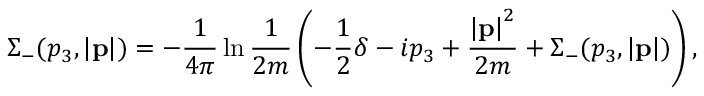
\Sigma _ { - } ( p _ { 3 } , \left| { \bf p } \right| ) = - \frac { 1 } { 4 \pi } \ln \frac { 1 } { 2 m } \left( - \frac { 1 } { 2 } \delta - i p _ { 3 } + \frac { \left| { \bf p } \right| ^ { 2 } } { 2 m } + \Sigma _ { - } ( p _ { 3 } , \left| { \bf p } \right| ) \right) ,